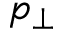
p _ { \perp }